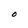
Character: O